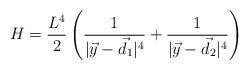
LaTeX: \begin{align*}H=\frac{L^4}{2}\left(\frac{1}{|\vec y-\vec d_1|^4}+\frac{1}{|\vec y-\vec d_2|^4}\right)\end{align*}